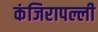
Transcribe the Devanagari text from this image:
कंजिरापल्ली